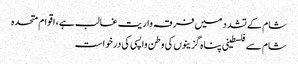
شام کے تشدد میں فرقہ واریت غالب ہے، اقوام متحدہ
شام سےفلسطینی پناہ گزینوں کی وطن واپسی کی درخواست